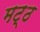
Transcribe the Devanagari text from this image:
मट्ठ